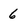
Character: 6